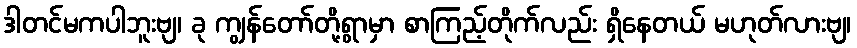
ဒါတင်မကပါဘူးဗျ၊ ခု ကျွန်တော်တို့ရွာမှာ စာကြည့်တိုက်လည်း ရှိနေတယ် မဟုတ်လားဗျ၊